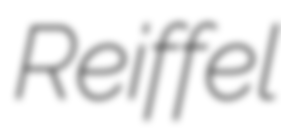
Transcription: Reiffel